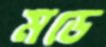
মডে